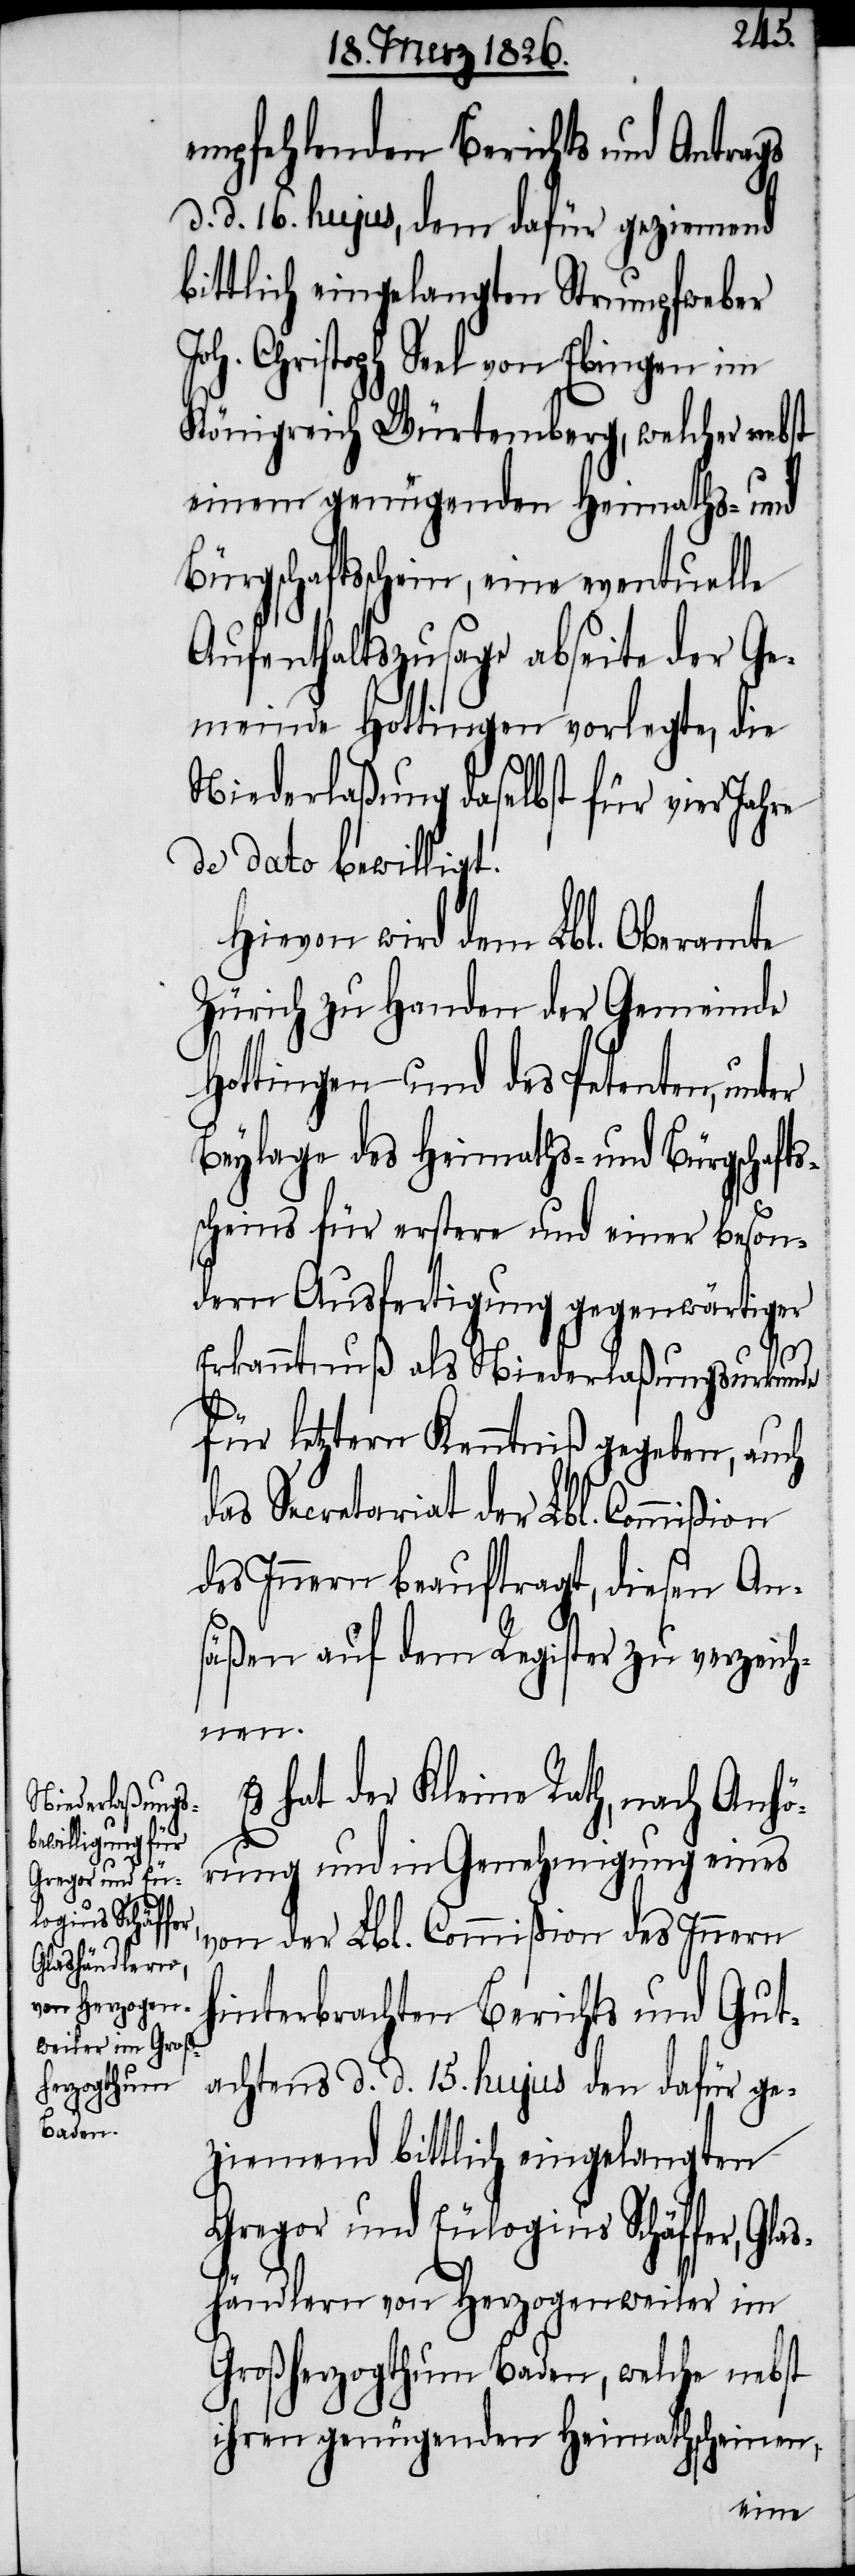
empfehlenden Berichts und Antrags
d. d. 16. hujus, dem dafür geziemend
bittlich eingelangten Strumpfweber
Joh. Christoph Seel von Ebingen im
Königreich Würtemberg, welcher nebst
einem genügenden Heimaths- und
Bürgschaftsschein, eine eventuelle
Aufenthaltszusage abseite der Ge¬
meinde Hottingen vorlegte, die
Niederlaßung daselbst für vier Jahre
de dato bewilligt.
Hievon wird dem Lbl. Oberamte
Zürich zu Handen der Gemeinde
Hottingen und des Petenten, unter
Beylage des Heimaths- und Bürgschafts¬
scheins für erstere und einer beson¬
dern Ausfertigung gegenwärtiger
Erkanntnuß als Niederlaßungsurkunde
für letztern Kenntniß gegeben, auch
das Secretariat der Lbl. Commißion
des Innern beauftragt, diesen An¬
säßen auf dem Register zu verzeich¬
nen.
Es hat der Kleine Rath, nach Anhö¬
rung und in Genehmigung eines
von der Lbl. Commißion des Innern
hinterbrachten Berichts und Gut¬
achtens d. d. 15. hujus den dafür ge¬
ziemend bittlich eingelangten
Gregor und Eulogius Schäffer, Gl¬
ashändlern von Herzogenweiler im
Großherzogthum Baden, welche nebst
ihren genügenden Heimathscheinen,